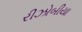
રીઝોબીયા